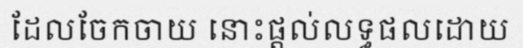
ដែលចែកចាយ នោះផ្តល់លទ្ធផលដោយ